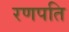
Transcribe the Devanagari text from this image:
रणपति